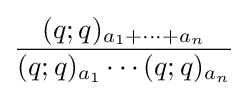
{\frac {(q;q)_{a_{1}+\cdots +a_{n}}}{(q;q)_{a_{1}}\cdots (q;q)_{a_{n}}}}